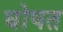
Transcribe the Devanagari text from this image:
घोषत